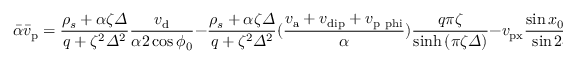
\bar { \alpha } \bar { v } _ { \mathrm { p } } = \frac { \rho _ { s } + \alpha \zeta \varDelta } { q + \zeta ^ { 2 } \varDelta ^ { 2 } } \frac { v _ { \mathrm { d } } } { \alpha 2 \cos \phi _ { 0 } } - \frac { \rho _ { s } + \alpha \zeta \varDelta } { q + \zeta ^ { 2 } \varDelta ^ { 2 } } ( \frac { v _ { \mathrm { a } } + v _ { \mathrm { d i p } } + v _ { \mathrm { p \ p h i } } } { \alpha } ) \frac { q \pi \zeta } { \sinh \left( \pi \zeta \varDelta \right) } - v _ { \mathrm { p x } } \frac { \sin { { x _ { 0 } } / { \varDelta } } } { \sin 2 \phi _ { 0 } }